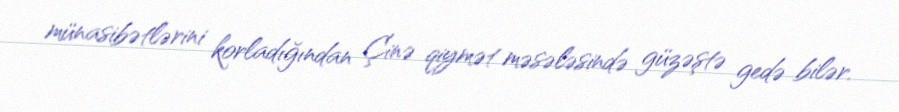
münasibətlərini korladığından Çinə qiymət məsələsində güzəştə gedə bilər.